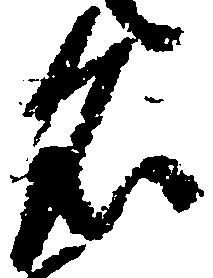
名